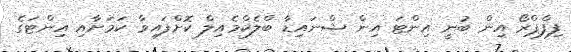
ފިފްޕްރޯ އިން ބުނީ އިންޓަ އިން ޝްނައިޑާ ބްލެކްމެއިލް ކޮށްފައިވާ ކަމަށާއި އިންޓަގެ